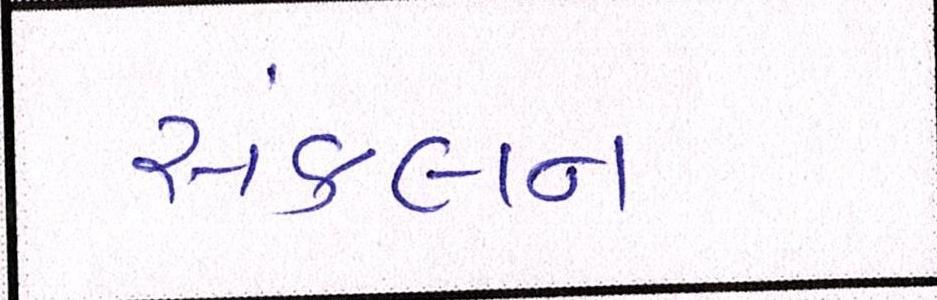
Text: સંકલન